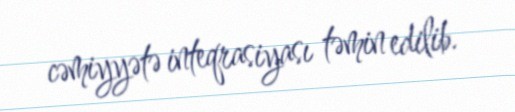
cəmiyyətə inteqrasiyası təmin edilib.